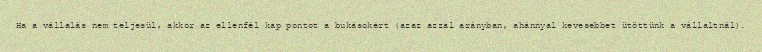
Ha a vállalás nem teljesül, akkor az ellenfél kap pontot a bukásokért (azaz azzal arányban, ahánnyal kevesebbet ütöttünk a vállaltnál).